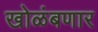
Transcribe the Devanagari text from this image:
खोळंबणार